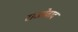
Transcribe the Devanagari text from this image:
राजोवाद